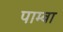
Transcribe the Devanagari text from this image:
पाम्बा